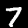
Label: 7